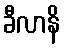
ခီလာနိ